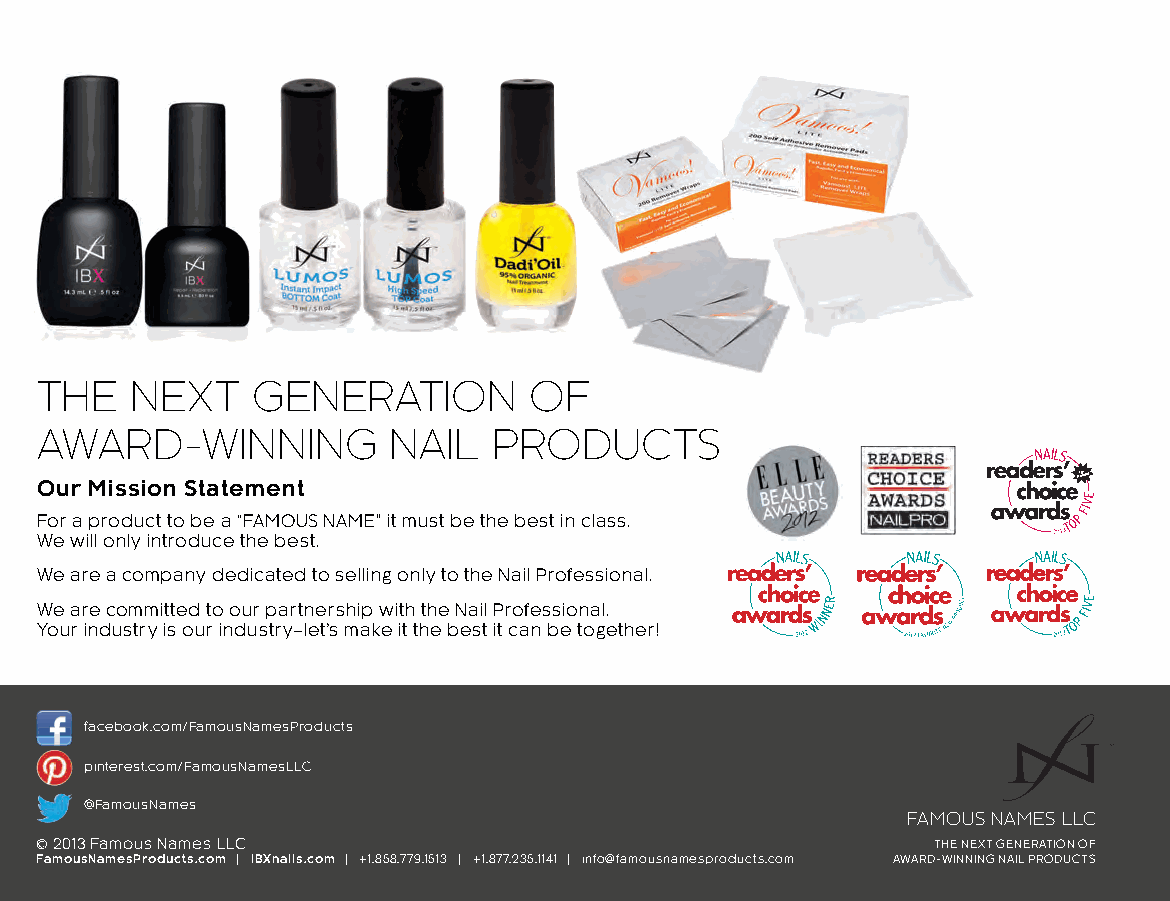
THE    NEXT    GENERATION        OF
 AWARD-WINNING           NAIL   PRODUCTS
 Our Mission Statement
 A1n0nthual
 For a product to be a “FAMOUS NAME” it must be the best in class.
 We will only introduce the best.
 We are a company dedicated to selling only to the Nail Professional.
 We are committed to our partnership with the Nail Professional.
 Your industry is our industry–let’s make it the best it can be together!
 facebook.com/FamousNamesProducts
 pinterest.com/FamousNamesLLC
 @FamousNames
 FAMOUS NAMES LLC
 © 2013 Famous Names LLC                                     THE NEXT GENERATION OF
 FamousNamesProducts.com | IBXnails.com | +1.858.779.1513 | +1.877.235.1141 | info@famousnamesproducts.com AWARD-WINNING NAIL PRODUCTS